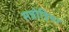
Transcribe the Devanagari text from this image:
सन्नोड़िया